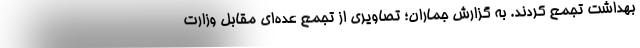
بهداشت تجمع کردند. به گزارش جماران؛ تصاویری از تجمع عده‌ای مقابل وزارت